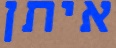
איתן